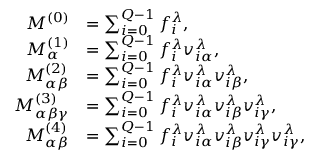
\begin{array} { r l } { M ^ { ( 0 ) } } & { = \sum _ { i = 0 } ^ { Q - 1 } f _ { i } ^ { \lambda } , } \\ { M _ { \alpha } ^ { ( 1 ) } } & { = \sum _ { i = 0 } ^ { Q - 1 } f _ { i } ^ { \lambda } v _ { i \alpha } ^ { \lambda } , } \\ { M _ { \alpha \beta } ^ { ( 2 ) } } & { = \sum _ { i = 0 } ^ { Q - 1 } f _ { i } ^ { \lambda } v _ { i \alpha } ^ { \lambda } v _ { i \beta } ^ { \lambda } , } \\ { M _ { \alpha \beta \gamma } ^ { ( 3 ) } } & { = \sum _ { i = 0 } ^ { Q - 1 } f _ { i } ^ { \lambda } v _ { i \alpha } ^ { \lambda } v _ { i \beta } ^ { \lambda } v _ { i \gamma } ^ { \lambda } , } \\ { M _ { \alpha \beta } ^ { ( 4 ) } } & { = \sum _ { i = 0 } ^ { Q - 1 } f _ { i } ^ { \lambda } v _ { i \alpha } ^ { \lambda } v _ { i \beta } ^ { \lambda } v _ { i \gamma } ^ { \lambda } v _ { i \gamma } ^ { \lambda } , } \end{array}